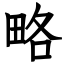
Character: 略